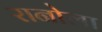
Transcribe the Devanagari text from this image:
रानोला